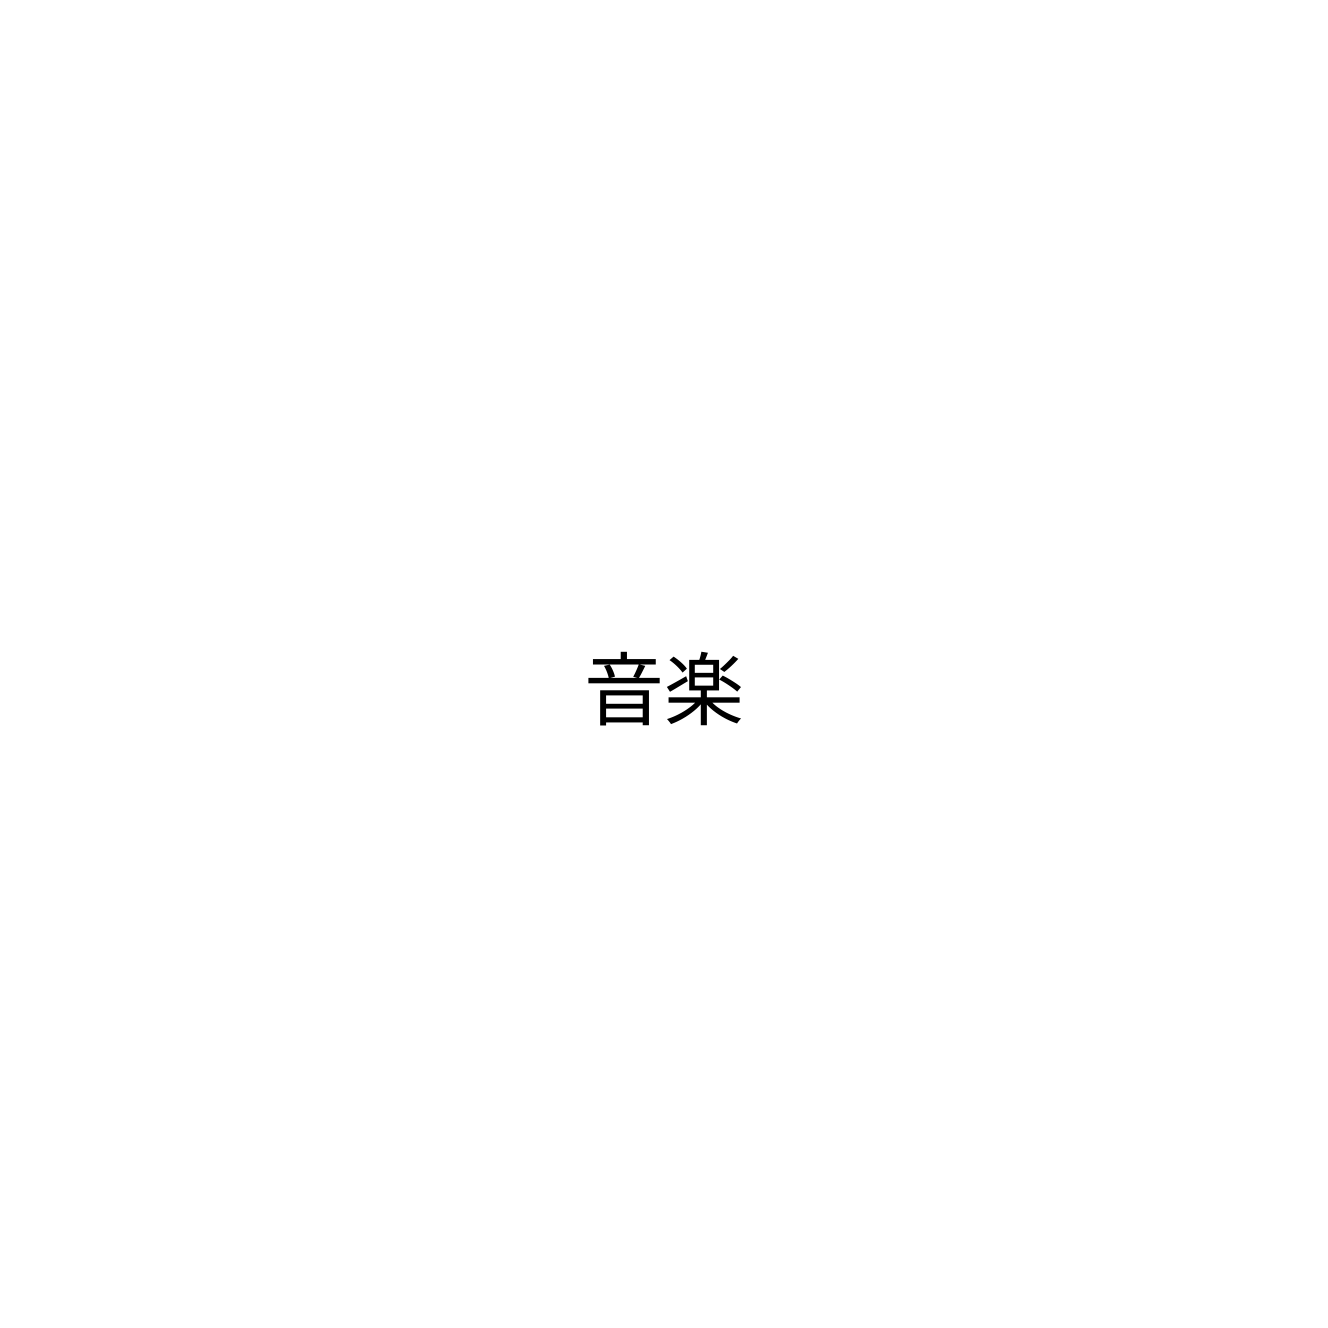
音楽